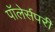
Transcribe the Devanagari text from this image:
पॉलेर्सपरी